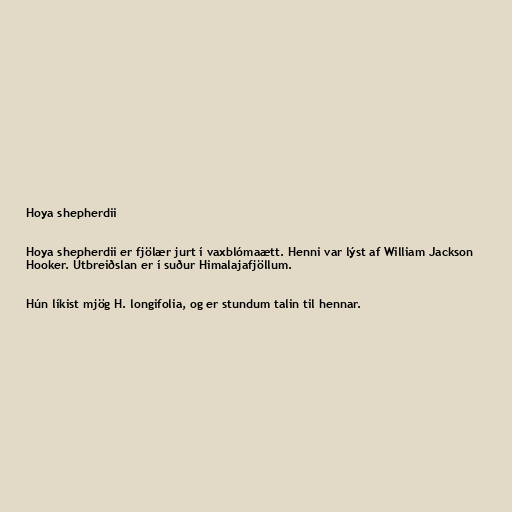
Hoya shepherdii

Hoya shepherdii er fjölær jurt í vaxblómaætt. Henni var lýst af William Jackson
Hooker. Útbreiðslan er í suður Himalajafjöllum.

Hún líkist mjög H. longifolia, og er stundum talin til hennar.